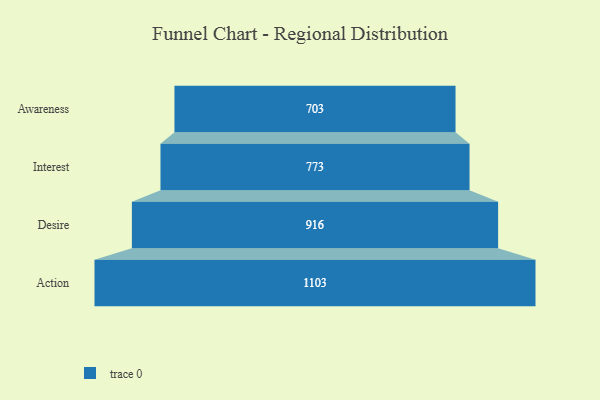
{"axis": {"x": "Stage", "y": "Value"}, "legend": [""], "data": [{"x": "Awareness", "y": 703.0, "type": ""}, {"x": "Interest", "y": 773.0, "type": ""}, {"x": "Desire", "y": 916.0, "type": ""}, {"x": "Action", "y": 1103.0, "type": ""}]}